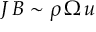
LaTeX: J \, B \sim \rho \, \Omega \, u